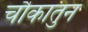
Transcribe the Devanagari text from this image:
चौकातुन